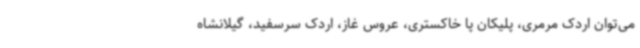
می‌توان اردک مرمری، پلیکان پا خاکستری، عروس غاز، اردک سرسفید، گیلانشاه